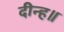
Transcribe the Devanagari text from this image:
दीन्ह॥